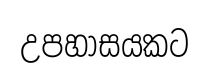
උපහාසයකට